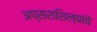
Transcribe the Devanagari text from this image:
अप्सराशिल्पांचे